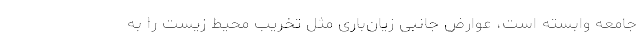
جامعه وابسته است، عوارض جانبی زیان‌باری مثل تخریب محیط زیست را به